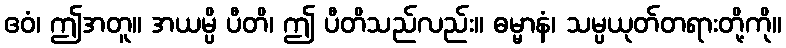
ဧဝံ၊ ဤအတူ။ အယမ္ပိ ပီတိ၊ ဤ ပီတိသည်လည်း။ ဓမ္မာနံ၊ သမ္ပယုတ်တရားတို့ကို။